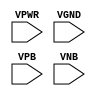
module sky130_fd_sc_ls__tapvgnd (
    VPWR,
    VGND,
    VPB ,
    VNB
);

    input VPWR;
    input VGND;
    input VPB ;
    input VNB ;
endmodule